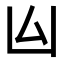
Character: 𠙸